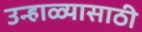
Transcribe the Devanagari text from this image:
उन्हाळ्यासाठी